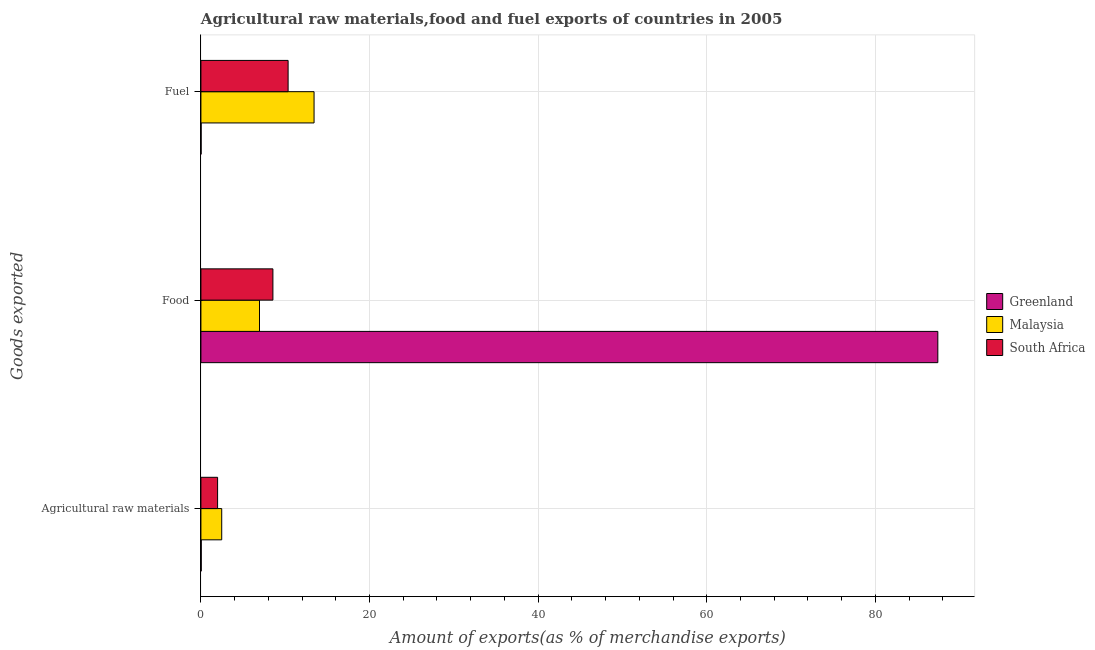
| Goods exported | Greenland | Malaysia | South Africa |
 | --- | --- | --- | --- |
 | Agricultural raw materials | 0.0374 | 2.47 | 1.98 |
 | Food | 87.4 | 6.95 | 8.54 |
 | Fuel | 0.0222 | 13.4 | 10.3 |